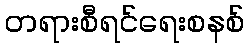
တရားစီရင်ရေးစနစ်